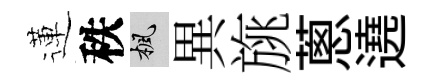
蓮秩楓異旐蔥遶